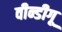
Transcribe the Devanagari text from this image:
वीन्डीगू